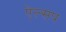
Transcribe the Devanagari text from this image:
ऐल्सप